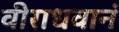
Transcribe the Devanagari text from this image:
वीराधवानं